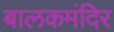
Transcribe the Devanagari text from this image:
बालकमंदिर